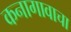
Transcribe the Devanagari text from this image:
कनागावाचा